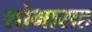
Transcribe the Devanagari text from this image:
शोभासह